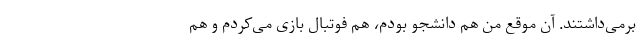
برمی‌داشتند. آن موقع من هم دانشجو بودم، هم فوتبال بازی می‌کردم و هم